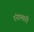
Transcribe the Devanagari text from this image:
रंनामारी